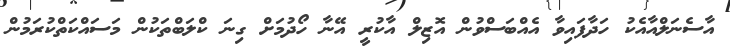
އާސެނަލްއާއެކު ހަދާފައިވާ އެއްބަސްވުން އޮޒިލް އާކުރީ އޭނާ ހޯދުމަށް ގިނަ ކްލަބްތަކުން މަސައްކަތްކުރަމުން